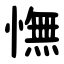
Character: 憮